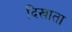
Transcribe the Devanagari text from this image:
दिखाता